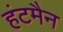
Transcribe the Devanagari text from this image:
हंटमैन